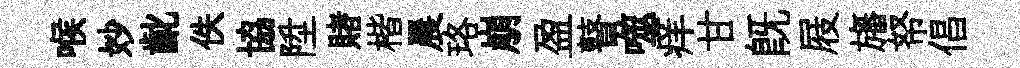
喉妙齔佚協陞賭楷晨珞崩盈瞽噬痒甘既屐旛帑倡